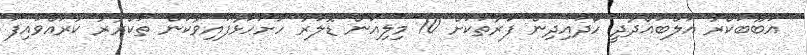
އަބޫބަކްރު އަލްބަޣްދާދީ ހޯދައިދިން ފަރާތަކަށް 10 މިލިއަން ޑޮލަރު ހުށަހަޅާފައިވާކަން ތަކްރާރު ކުރައްވައިފަ